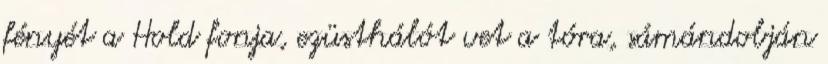
fényét a Hold fonja, ezüsthálót vet a tóra, sámándobján